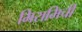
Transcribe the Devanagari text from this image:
मिरामिची